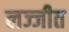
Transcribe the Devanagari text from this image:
लज्जीत